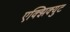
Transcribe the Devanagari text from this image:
एक्झिक्युट